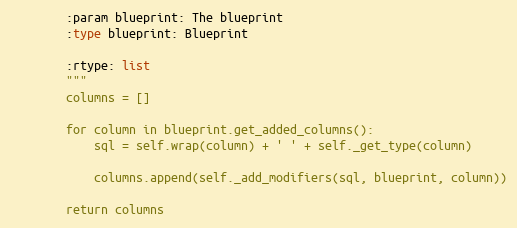
Language: Python
        :param blueprint: The blueprint
        :type blueprint: Blueprint

        :rtype: list
        """
        columns = []

        for column in blueprint.get_added_columns():
            sql = self.wrap(column) + ' ' + self._get_type(column)

            columns.append(self._add_modifiers(sql, blueprint, column))

        return columns